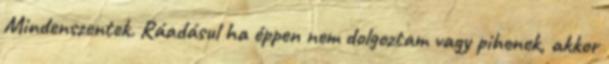
Mindenszentek. Ráadásul ha éppen nem dolgoztam vagy pihenek, akkor